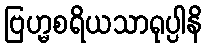
ဗြဟ္မစရိယသာရုပ္ပါနိ